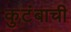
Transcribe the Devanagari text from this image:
कुटंबाची